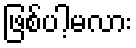
ဖြစ်ပါ့မလား